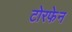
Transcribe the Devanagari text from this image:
टोरफेन